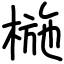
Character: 椸